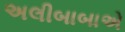
અલીબાબાએ